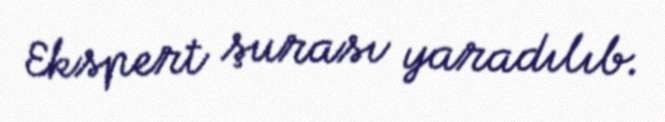
Ekspert şurası yaradılıb.